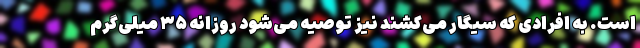
است. به افرادی که سیگار می‌کشند نیز توصیه می‌شود روزانه ۳۵ میلی‌گرم